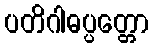
ပတိဂါဓပ္ပတ္တော